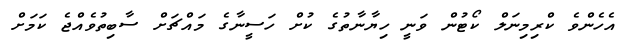
އެހެންވެ ކްރިމިނަލް ކޯޓުން ވަނީ ހިޔާނާތުގެ ކުށް ހަސީނާގެ މައްޗަށް ސާބިތުވެއްޖެ ކަމަށް